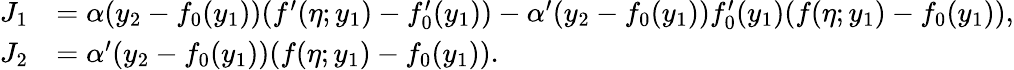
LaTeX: \begin{array}{rl}{J_{1}}&{=\alpha(y_{2}-f_{0}(y_{1}))(f^{\prime}(\eta;y_{1})-f_{0}^{\prime}(y_{1}))-\alpha^{\prime}(y_{2}-f_{0}(y_{1}))f_{0}^{\prime}(y_{1})(f(\eta;y_{1})-f_{0}(y_{1})),}\\ {J_{2}}&{=\alpha^{\prime}(y_{2}-f_{0}(y_{1}))(f(\eta;y_{1})-f_{0}(y_{1})).}\end{array}